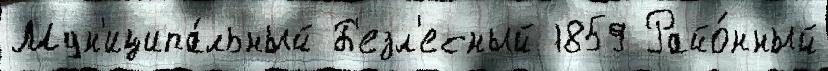
Мун'иципа́льный Б'езл'есный 1859 Райо́нный